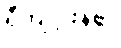
ရှီကျင့်ဖိန်၏